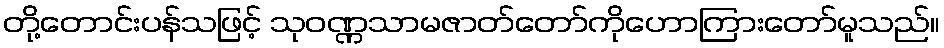
တို့တောင်းပန်သဖြင့် သုဝဏ္ဏသာမဇာတ်တော်ကိုဟောကြားတော်မူသည်။